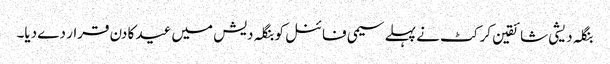
بنگلہ دیشی شائقین کرکٹ نے پہلے سیمی فائنل کو بنگلہ دیش میں عید کا دن قرار دے دیا۔